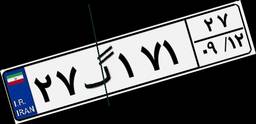
۲۷گ۱۷۱۲۷